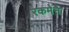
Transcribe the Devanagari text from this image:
रकमेने